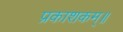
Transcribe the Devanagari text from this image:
प्रकाशकम्॥